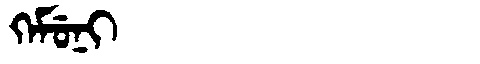
Manchu: ᡴᡝᠮᡠᠨᡳ
Romanization: KEMUNI